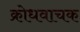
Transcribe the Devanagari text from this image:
क्रोधवाचक